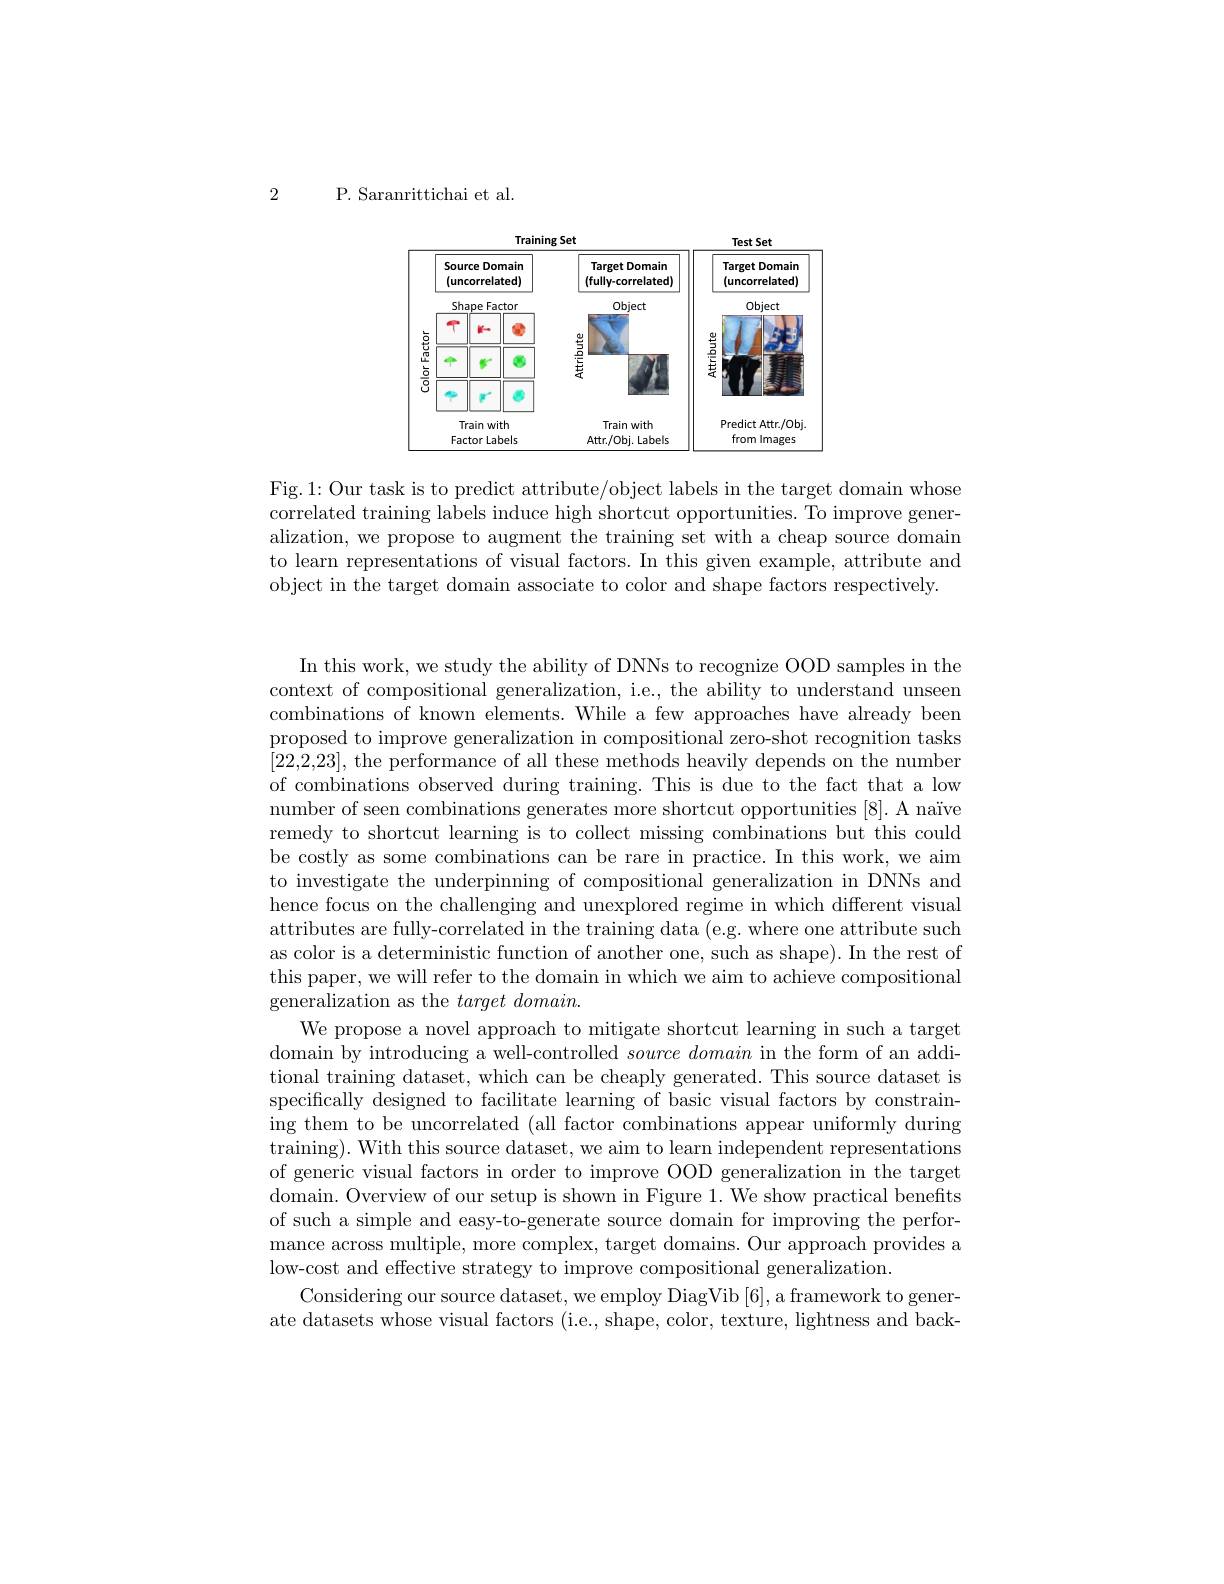
2

P. Saranrittichai et al.

<FigureHere>

Fig.1: Our task is to predict attribute/object labels in the target domain whose correlated training labels induce high shortcut opportunities. To improve generalization, we propose to augment the training set with a cheap source domain to learn representations of visual factors. In this given example, attribute and object in the target domain associate to color and shape factors respectively.

In this work, we study the ability of DNNs to recognize OOD samples in the context of compositional generalization, i.e., the ability to understand unseen combinations of known elements. While a few approaches have already been proposed to improve generalization in compositional zero-shot recognition tasks [22,2,23], the performance of all these methods heavily depends on the number of combinations observed during training. This is due to the fact that a low number of seen combinations generates more shortcut opportunities [8]. A naïve remedy to shortcut learning is to collect missing combinations but this could be costly as some combinations can be rare in practice. In this work, we aim to investigate the underpinning of compositional generalization in DNNs and hence focus on the challenging and unexplored regime in which different visual attributes are fully-correlated in the training data (e.g. where one attribute such as color is a deterministic function of another one, such as shape). In the rest of this paper, we will refer to the domain in which we aim to achieve compositional generalization as the $target\textit{domain. }$
We propose a novel approach to mitigate shortcut learning in such a target domain by introducing a well-controlled $source\textit{ domain in the form of an addi- }$ tional training dataset, which can be cheaply generated. This source dataset is specifically designed to facilitate learning of basic visual factors by constraining them to be uncorrelated (all factor combinations appear uniformly during training). With this source dataset, we aim to learn independent representations of generic visual factors in order to improve OOD generalization in the target domain. Overview of our setup is shown in Figure 1. We show practical benefits of such a simple and easy-to-generate source domain for improving the performance across multiple, more complex, target domains. Our approach provides a low-cost and effective strategy to improve compositional generalization.
Considering our source dataset, we employ DiagVib [6],a framework to generate datasets whose visual factors (i.e., shape, color, texture, lightness and back-